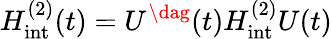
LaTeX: H_{\mathrm{int}}^{(2)}(t)=U^{\dag}(t)H_{\mathrm{int}}^{(2)}U(t)